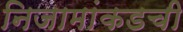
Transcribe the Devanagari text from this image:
निजामांकडची